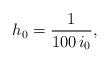
LaTeX: \begin{align*}h_0=\frac{1}{100\,i_0},\end{align*}